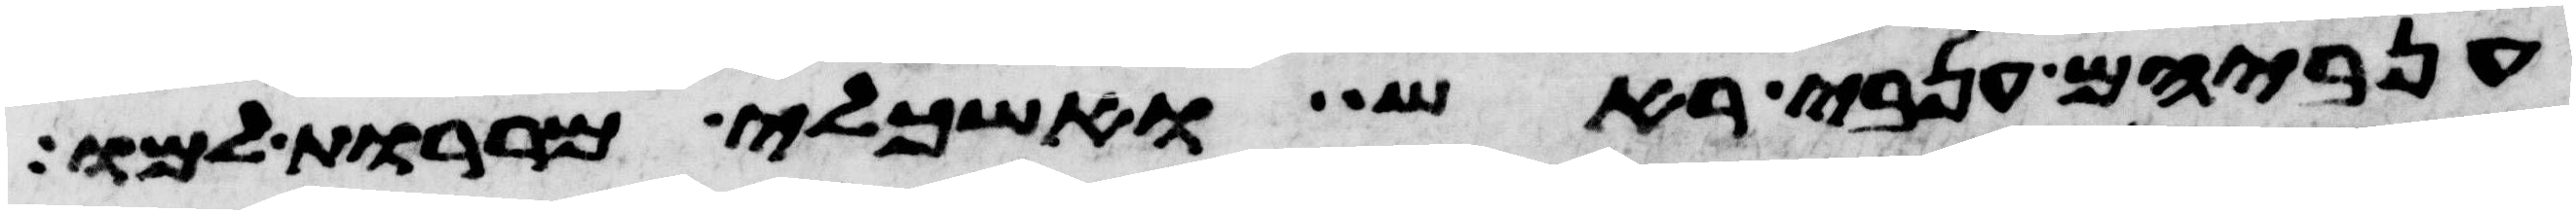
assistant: ענביהם ענבי ראש ואשכלי מררות למו